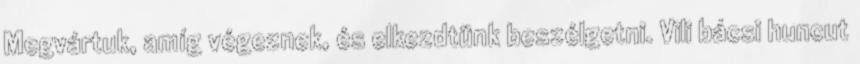
Megvártuk, amíg végeznek, és elkezdtünk beszélgetni. Vili bácsi huncut